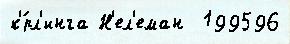
к'́рл'инга Н'ел'еман  199596